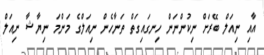
އާއި ނިއަލް ބޭރަށް ނިކުންނަން ހިނގައިގަތް ތަނާހެން ނިއަލްގެ މަންމަ ނިޔާޝާ ނިއަލް